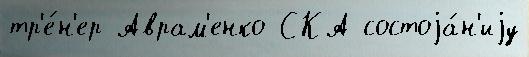
тр'е́н'ер Аврам'енко СКА состоjа́н'иjу